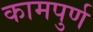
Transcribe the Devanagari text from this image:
कामपुर्ण